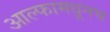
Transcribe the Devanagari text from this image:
आल्फामधूनच